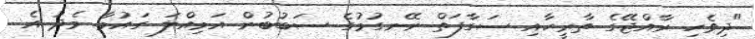
"ދިވެހި ރާއްޖޭގެ ތާރީހާއި ސަގާފަތް ނޭނގުމުގެ ސަބުބުން އަމިއްލަ ގައުމާ މެދު އެ